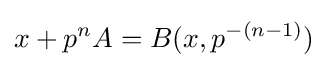
x+p^{n}A=B(x,p^{-(n-1)})